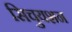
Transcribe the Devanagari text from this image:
सिचुयशन